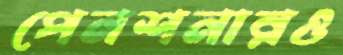
পেনশনারও